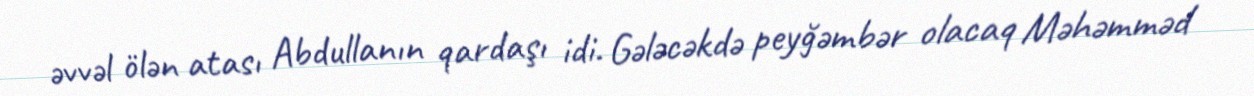
əvvəl ölən atası Abdullanın qardaşı idi. Gələcəkdə peyğəmbər olacaq Məhəmməd